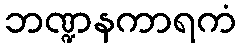
ဘဏ္ဍနကာရကံ